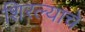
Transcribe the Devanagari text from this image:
शिरल्याचे